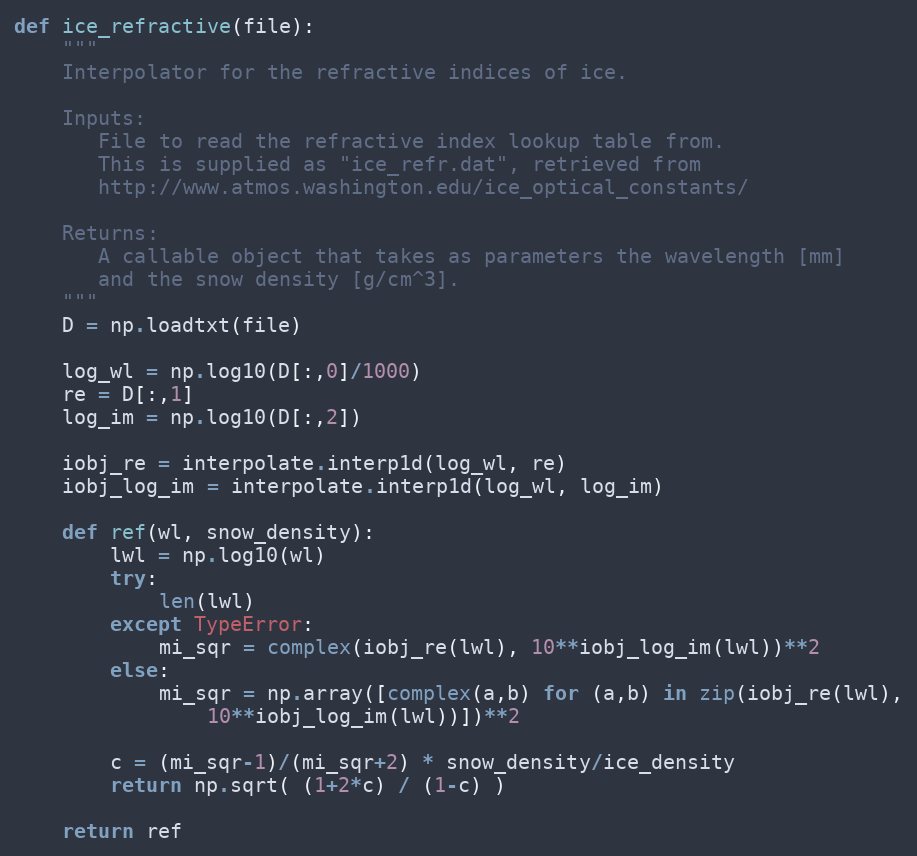
Language: Python
def ice_refractive(file):
    """
    Interpolator for the refractive indices of ice.

    Inputs:
       File to read the refractive index lookup table from.
       This is supplied as "ice_refr.dat", retrieved from
       http://www.atmos.washington.edu/ice_optical_constants/

    Returns:
       A callable object that takes as parameters the wavelength [mm]
       and the snow density [g/cm^3].
    """
    D = np.loadtxt(file)

    log_wl = np.log10(D[:,0]/1000)
    re = D[:,1]
    log_im = np.log10(D[:,2])

    iobj_re = interpolate.interp1d(log_wl, re)
    iobj_log_im = interpolate.interp1d(log_wl, log_im)

    def ref(wl, snow_density):
        lwl = np.log10(wl)
        try:
            len(lwl)
        except TypeError:
            mi_sqr = complex(iobj_re(lwl), 10**iobj_log_im(lwl))**2
        else:
            mi_sqr = np.array([complex(a,b) for (a,b) in zip(iobj_re(lwl),
                10**iobj_log_im(lwl))])**2

        c = (mi_sqr-1)/(mi_sqr+2) * snow_density/ice_density
        return np.sqrt( (1+2*c) / (1-c) )

    return ref